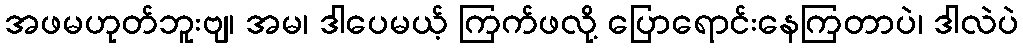
အဖမဟုတ်ဘူးဗျ၊ အမ၊ ဒါပေမယ့် ကြက်ဖလို့ ပြောရောင်းနေကြတာပဲ၊ ဒါလဲပဲ